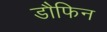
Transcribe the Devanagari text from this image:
डौफिन